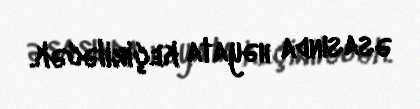
əsasında həyata keçiriləcək.